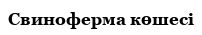
Свиноферма көшесі